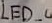
Text: LED_4